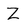
Character: Z